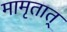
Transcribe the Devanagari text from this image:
मामृतात्‌